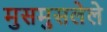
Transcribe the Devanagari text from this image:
मुसमुसलेले